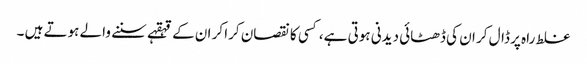
غلط راہ پر ڈال کر ان کی ڈھٹائی دیدنی ہوتی ہے، کسی کا نقصان کرا کر ان کے قہقہے سننے والے ہوتے ہیں ۔